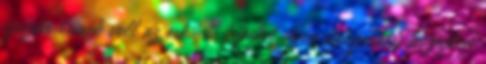
igazán remek volt az esküvői képeket ilyen hangulatos közegben